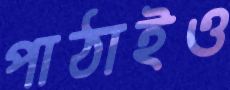
পাঠাইও